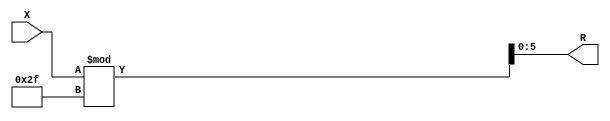
module x_300_mod_47_reg(
    input [300:1] X,
    output [6:1] R
    );


assign R = X % 47;

endmodule